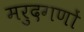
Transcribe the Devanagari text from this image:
मरुदगणों